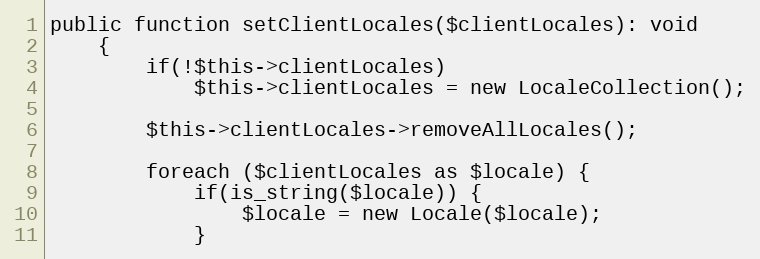
Language: PHP
public function setClientLocales($clientLocales): void
    {
        if(!$this->clientLocales)
            $this->clientLocales = new LocaleCollection();

        $this->clientLocales->removeAllLocales();

        foreach ($clientLocales as $locale) {
            if(is_string($locale)) {
                $locale = new Locale($locale);
            }